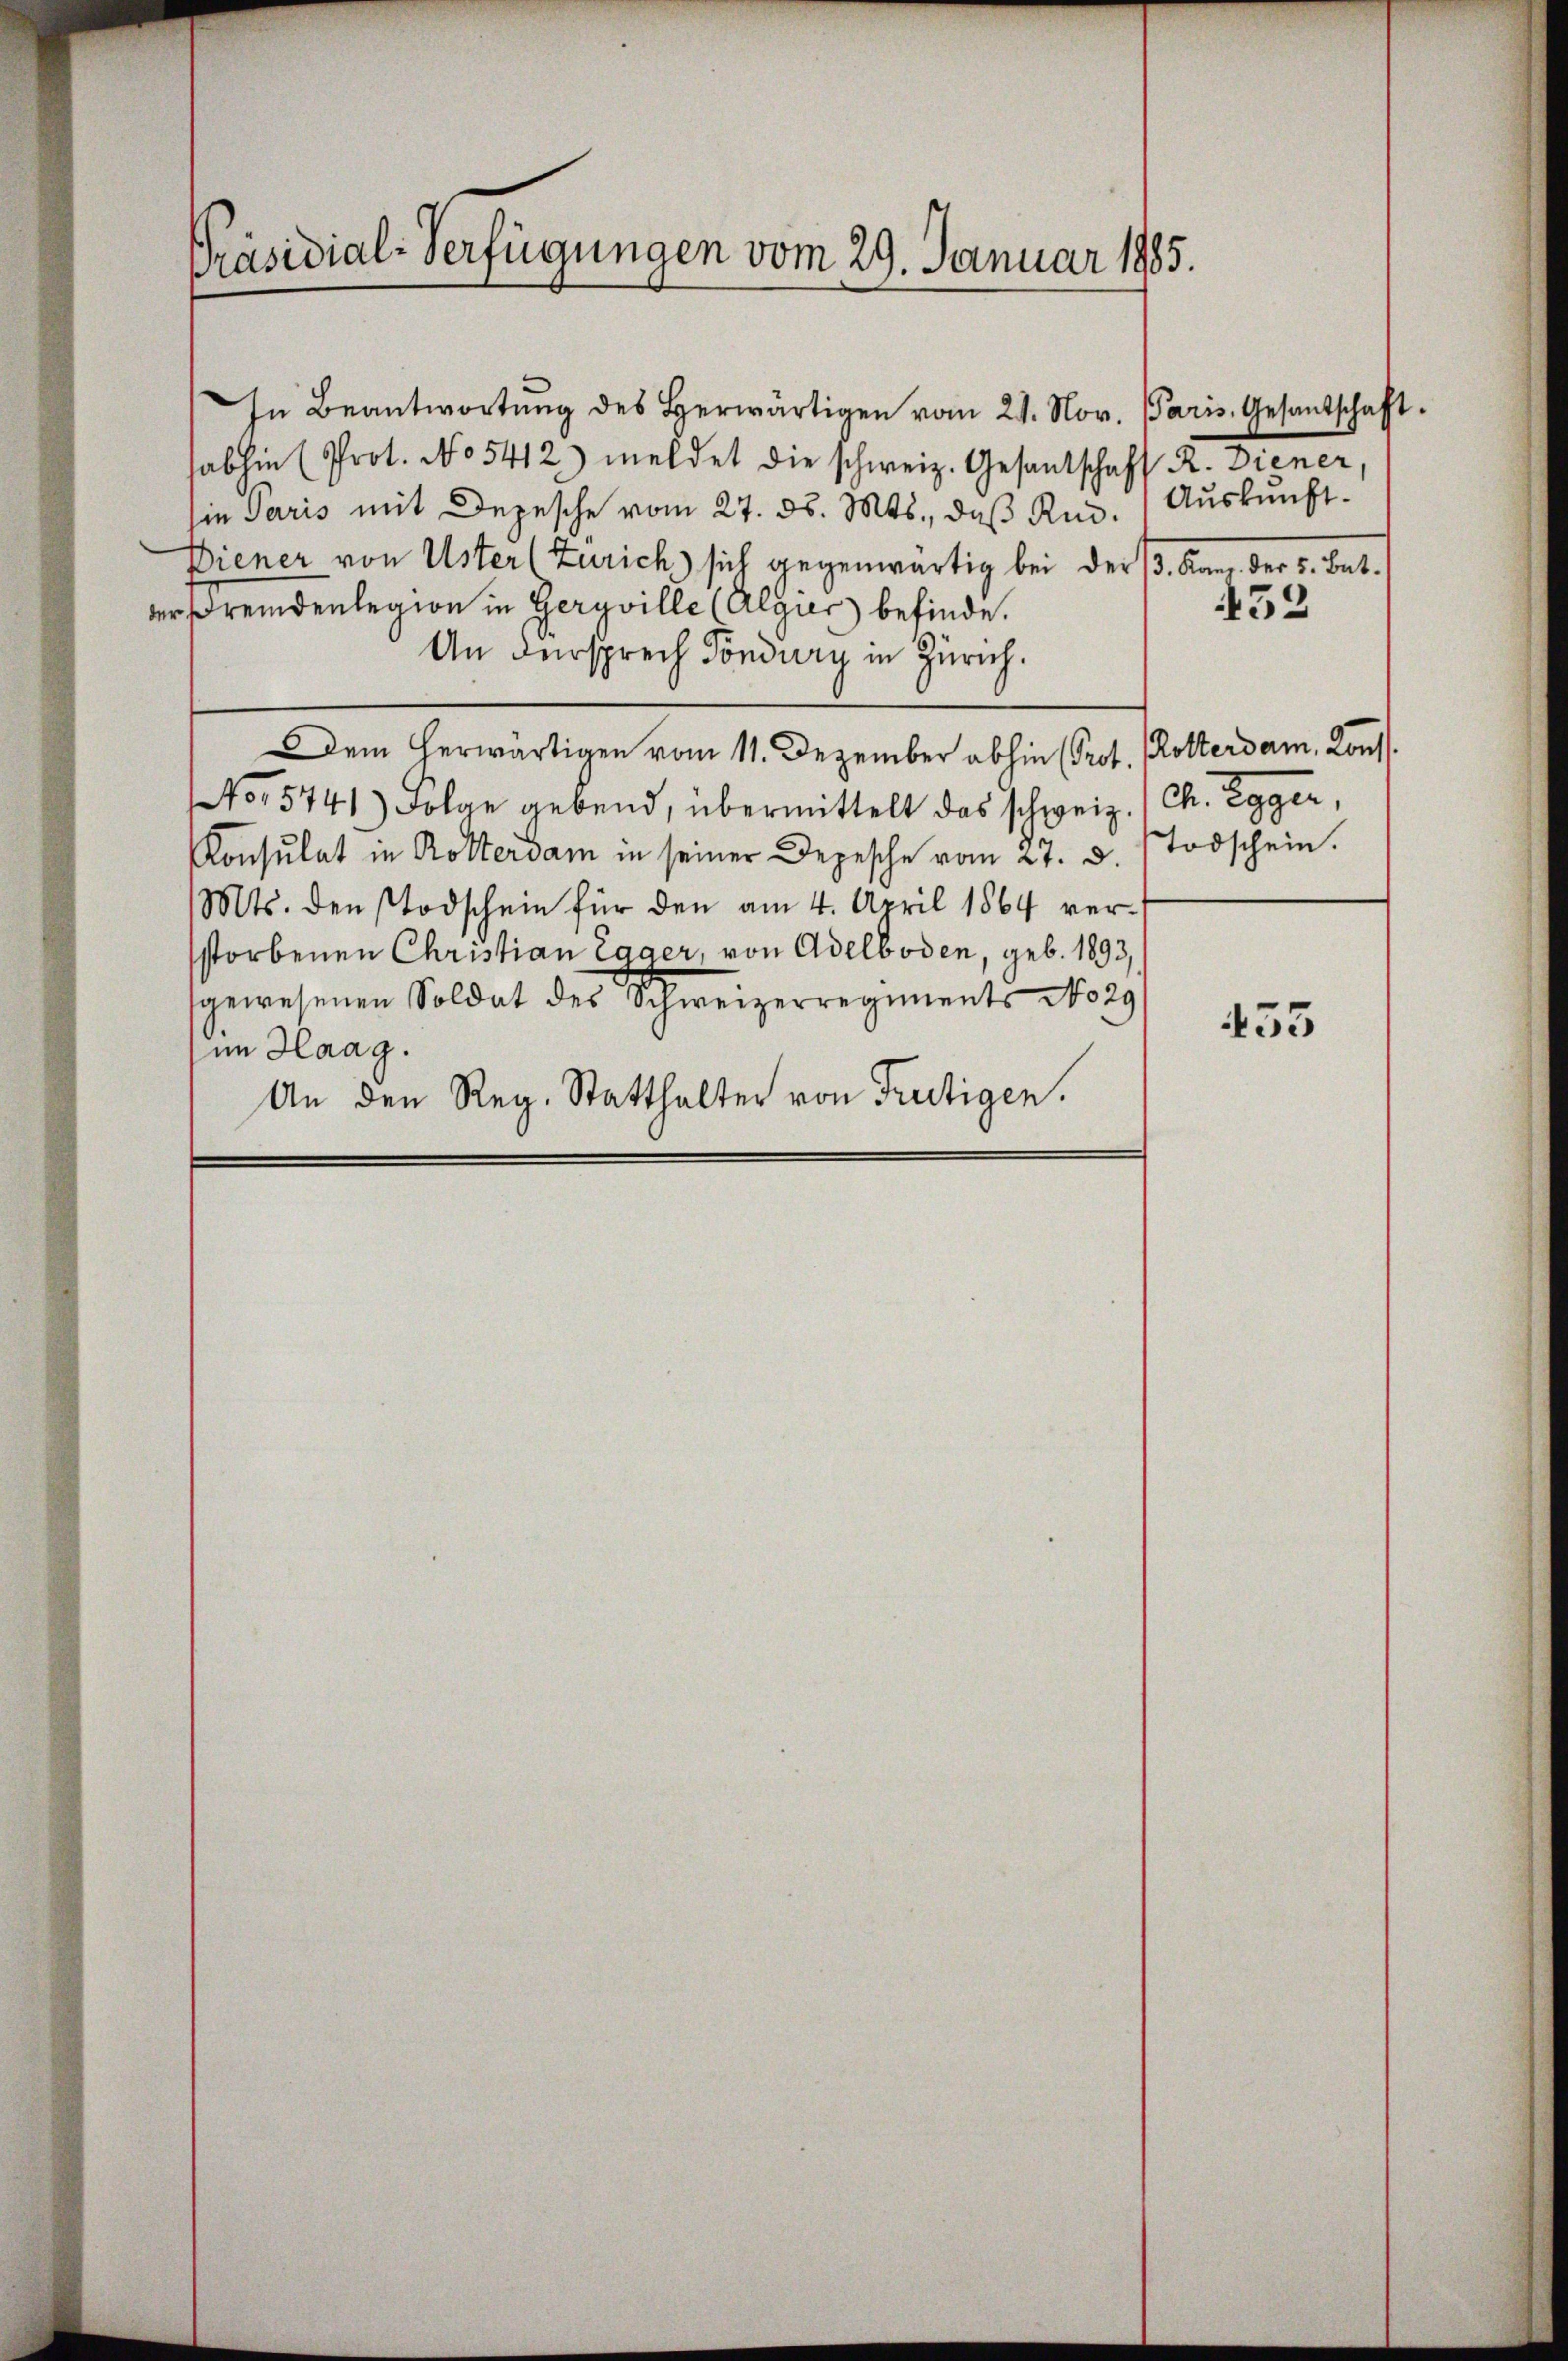
Präsidial-Verfügungen vom 29. Januar 1885.

habhin (Prot. No 5412) meldet die schweiz. Gesandtschaft R. Diener,
sie Paris mit Depesche vom 27. ds. Mts., daß Rud.
Diener von Uster (Zürich) sich gegenwärtig bei der B. kan, der u. bat.
der Fremdenlegion in Geryville (Algier befinde.
An dersprech Töndury in Zürich.
Dem herwärtigen vom 11. Dezember abhin (Prot.
No 5741) Folge gebend, übermittelt das schweiz. Ch. Egger,
Konsulat in Rottersam in seiner Depesche vom 27. d.
Mts. den Todschein für den am 4. April 1864 verstorbenen Christian Lager, von Adelboden, geb. 1893,
gewesenen Soldat des Schweizerregiments No 29
sim Haag.
An den Reg. Statthalter von Frutigen.

In Beantwortŭng des herwärtigen vom 21. Nov. Paris, Gesandschaft.

Auskunft.

453

455

Rotterdam. Konst
Todschein.